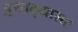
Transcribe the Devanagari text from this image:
पुरवठ्यासह